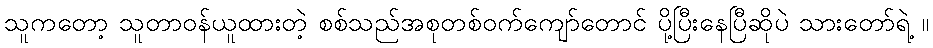
သူကတော့ သူတာဝန်ယူထားတဲ့ စစ်သည်အစုတစ်ဝက်ကျော်တောင် ပို့ပြီးနေပြီဆိုပဲ သားတော်ရဲ့ ။